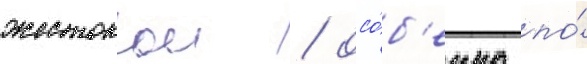
жестокои / осо́б'енно по́